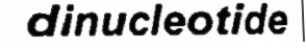
dinucleotide